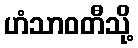
ဟံသာဝတီသို့